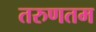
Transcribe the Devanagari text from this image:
तरुणतम